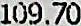
109.70